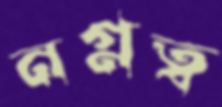
নগ্নত্ব